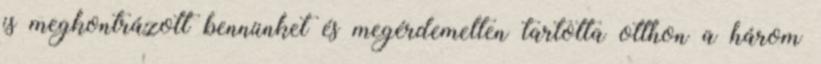
is megkontrázott bennünket és megérdemelten tartotta otthon a három